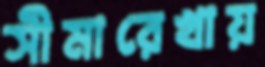
সীমারেখায়